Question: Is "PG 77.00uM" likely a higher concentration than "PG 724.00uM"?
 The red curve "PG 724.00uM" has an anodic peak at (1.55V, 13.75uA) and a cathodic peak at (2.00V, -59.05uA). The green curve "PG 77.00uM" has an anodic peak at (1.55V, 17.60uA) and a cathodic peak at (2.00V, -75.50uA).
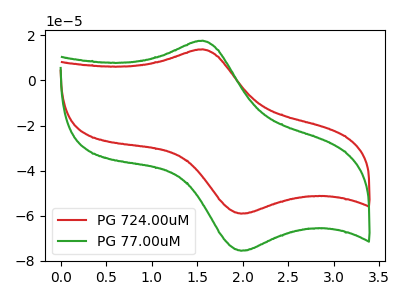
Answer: <think>All the peaks in "PG 77.00uM" have a peak in "PG 724.00uM" at the same potential. Every peak in "PG 77.00uM" is higher than every peak in "PG 724.00uM".
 </think>
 <answer>"PG 77.00uM" has more signal than "PG 724.00uM".</answer>
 <eval>more_signal</eval>